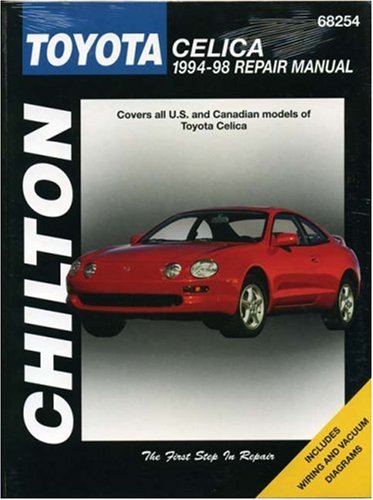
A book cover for Toyota Celica, 1994-98 (Chilton Total Car Care Series Manuals); Chilton; Engineering & Transportation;